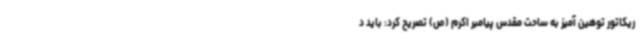
ریکاتور توهین آمیز به ساحت مقدس پیامبر اکرم (ص) تصریح کرد: باید د